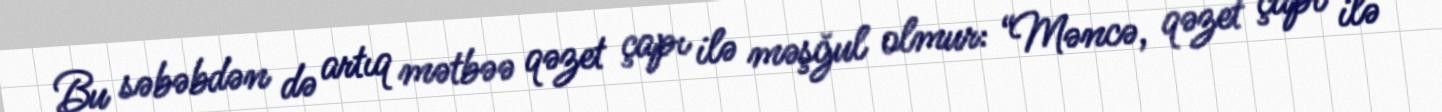
Bu səbəbdən də artıq mətbəə qəzet çapı ilə məşğul olmur: “Məncə, qəzet çapı ilə